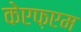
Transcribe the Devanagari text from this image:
केएफ़एम